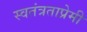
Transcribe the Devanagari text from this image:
स्वतंत्रताप्रेमी